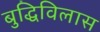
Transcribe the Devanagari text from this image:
बुद्धिविलास